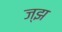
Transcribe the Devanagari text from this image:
ज्झ